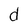
Character: d